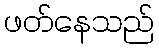
ဖတ်နေသည်